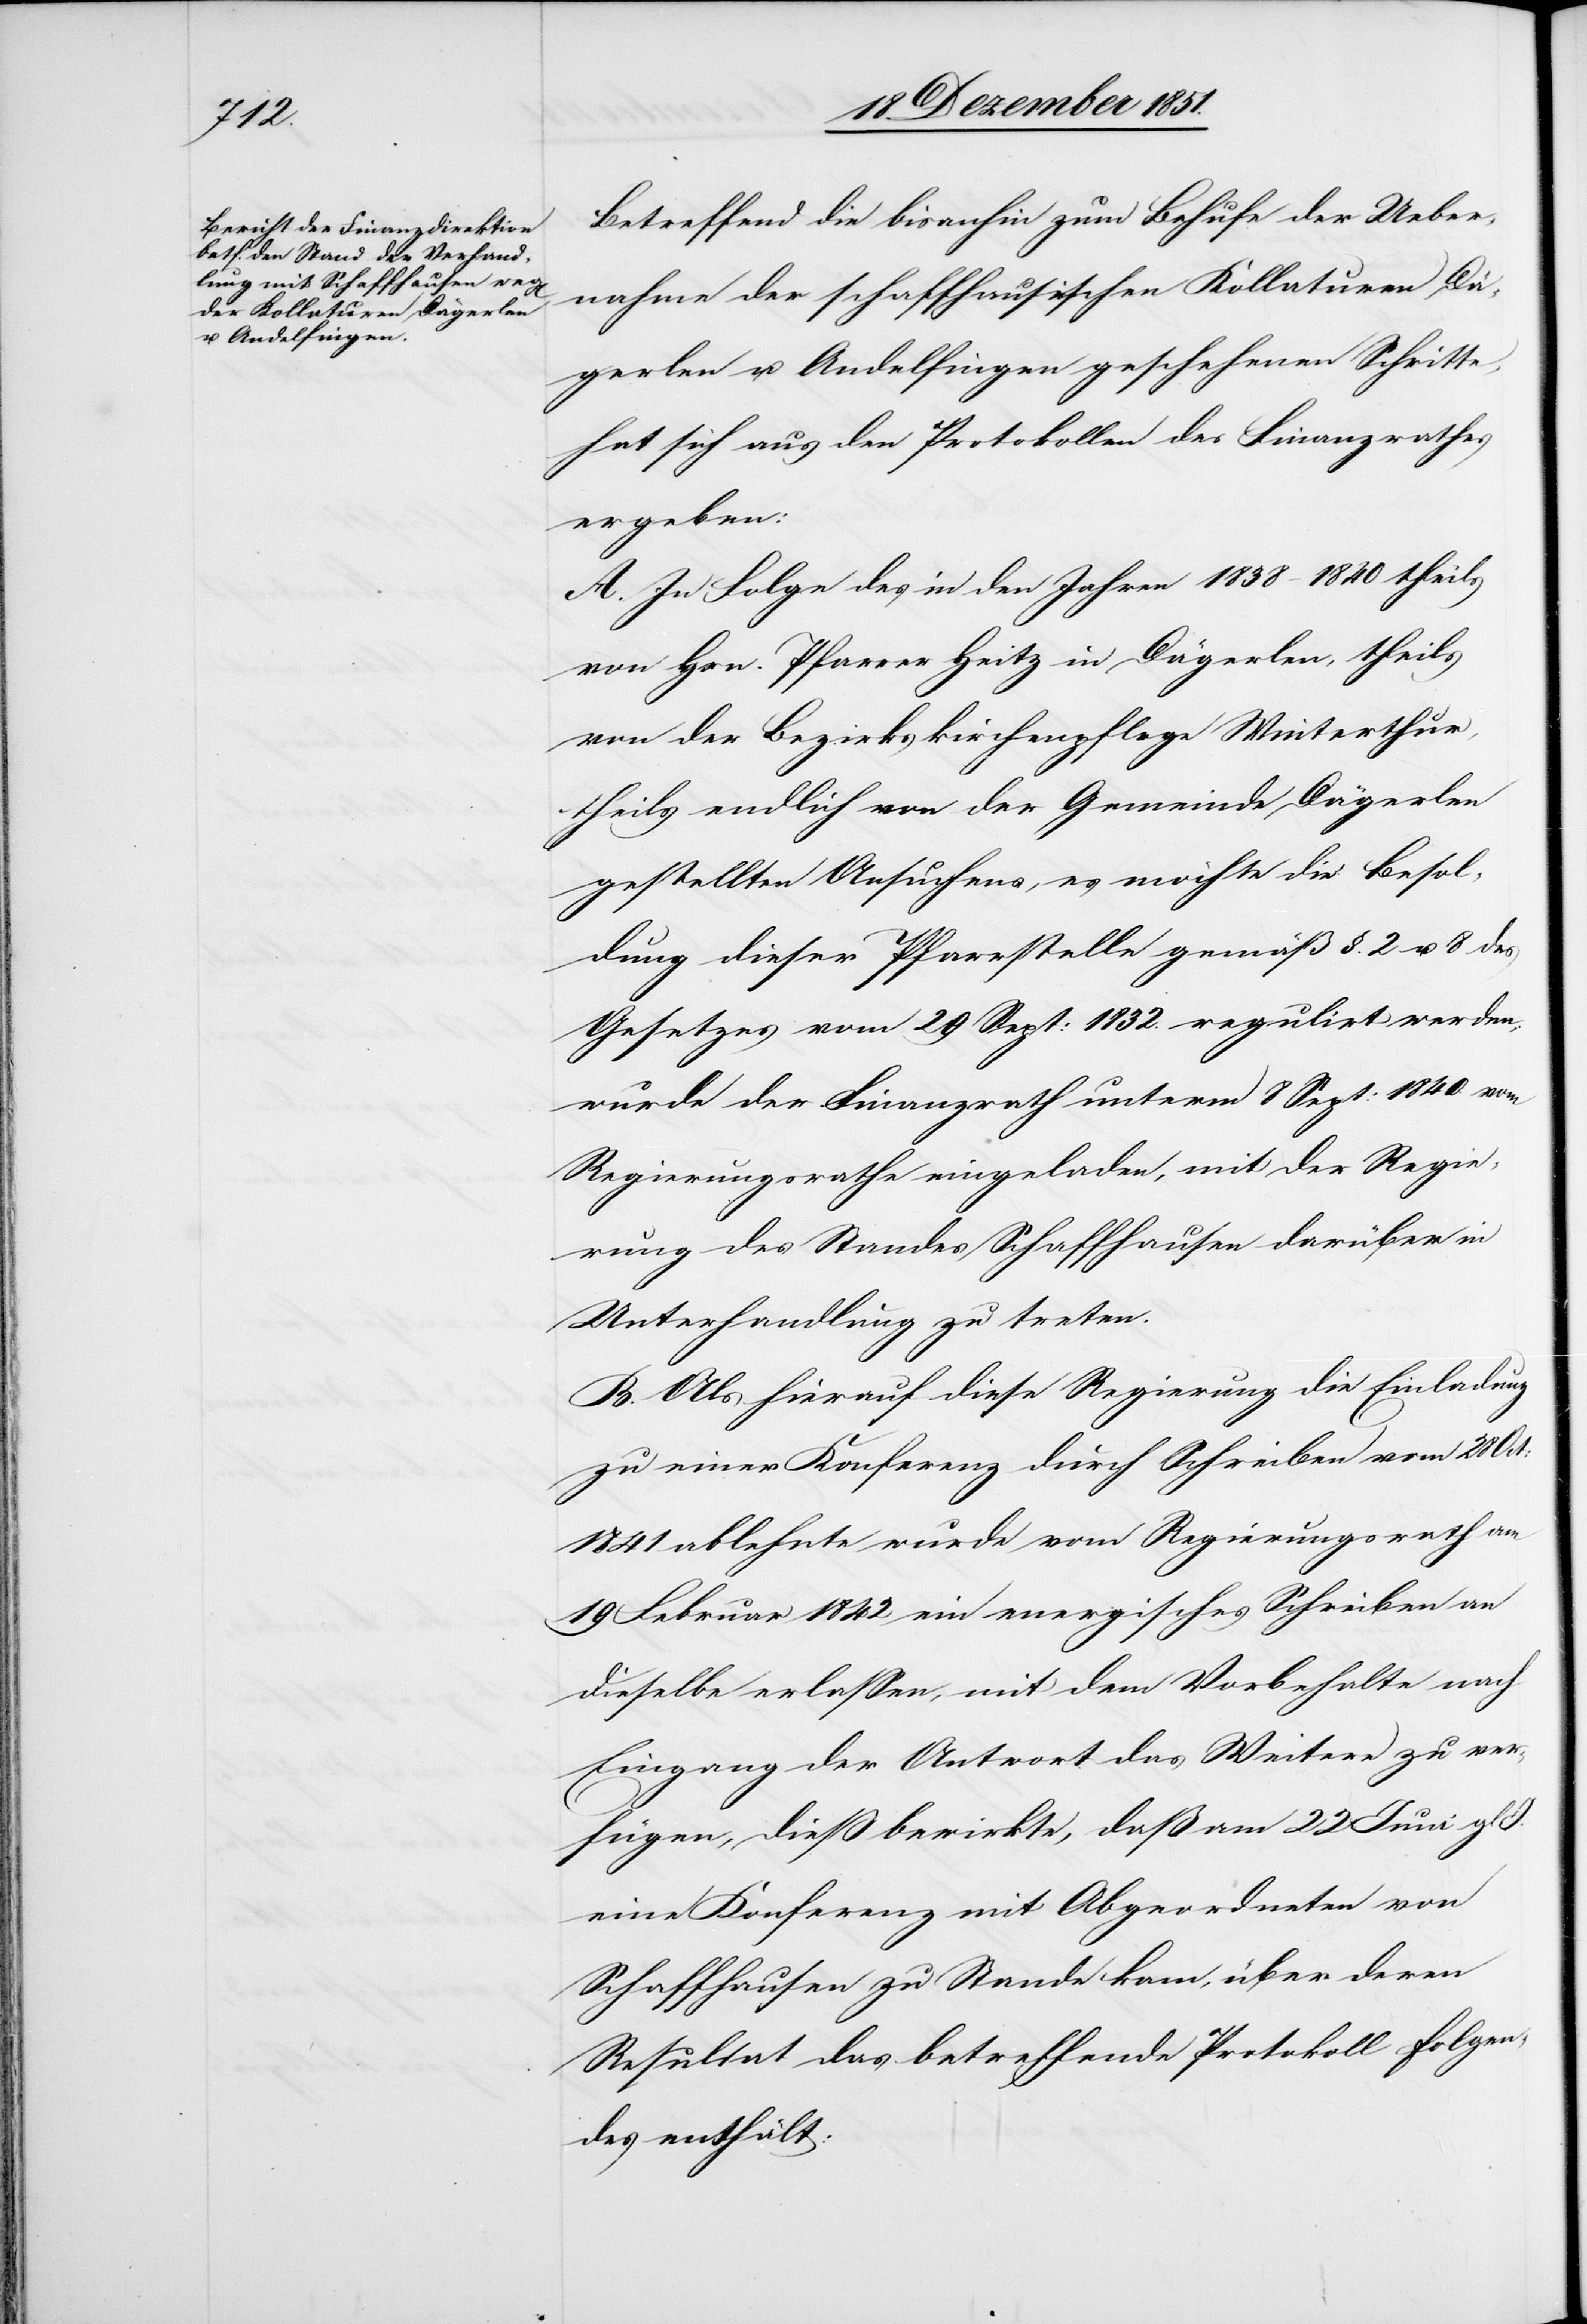
Betreffend die bisanhin zum Behufe der Ueber¬
nahme der schaffhausischen Kollaturen Dä¬
gerlen u. Andelfingen geschehenen Schritte,
hat sich aus den Protokollen des Finanzrathes
ergeben:
A. In Folge des in den Jahren 1838–1840 theils
von Hrn. Pfarrer Heitz in Dägerlen, theils
von der Bezirkskirchenpflege Winterthur,
theils endlich von der Gemeinde Dägerlen
gestellten Ansuchens, es möchte die Besol¬
dung dieser Pfarrstelle gemäß §. 2 u. 8 des
Gesetzes vom 29 Sept: 1832. regulirt werden,
wurde der Finanzrath unterm 8 Sept: 1840 vom
Regierungsrathe eingeladen, mit der Regie¬
rung des Standes Schaffhausen darüber in
Unterhandlung zu treten.
B. Als hierauf diese Regierung die Einladung
zu einer Konferenz durch Schreiben vom 28
1841 ablehnte wurde vom Regierungsrath am
19 Februar 1842 ein energisches Schreiben an
dieselbe erlassen, mit dem Vorbehalte nach
Eingang der Antwort das Weitere zu ver¬
fügen, dieß bewirkte, daß am 22 Juni gl.
eine Konferenz mit Abgeordneten von
Schaffhausen zu Stande kam, über deren
Resultat das betreffende Protokoll folgen¬
des enthält: